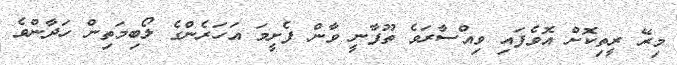
މިރޭ ރީތިކޮށް އޮވެފައި ވިއްސާރަވެ ތޫފާނީ ވާން ފެށީމަ އަހަރެންގެ ލޯބިމަތިން ހަދާންވެ